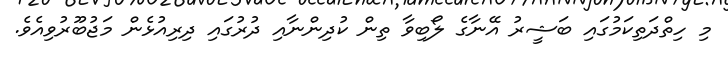
މި ހިތްދަތިކަމުގައި ބަޝީރު އޭނާގެ ލޯބިވާ ތިން ކުދިންނާއި ދުރުގައި ދިރިއުޅެން މަޖުބޫރުވިއެވެ.